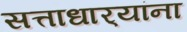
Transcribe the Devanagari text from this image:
सत्ताधार्‍यांना